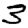
Digit: 3